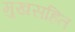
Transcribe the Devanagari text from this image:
मुखसहित